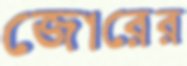
জোরের